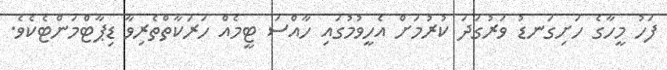
ފަހު މީހާގެ ހަށިގަނޑު ވަރުގަދަ ކުރުމަށް އެހީވުމުގައި ހާއްސަ ޓީމެއް ހަރަކާތްތެރިވާ ޑިޕާޓްމަންޓެކެވެ.